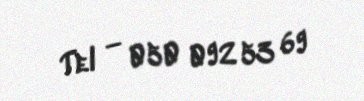
Tel — 050 092 53 69